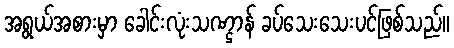
အရွယ်အစားမှာ ခေါင်းလုံးသဏ္ဌာန် ခပ်သေးသေးပင်ဖြစ်သည်။